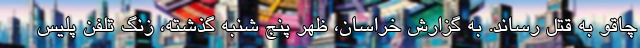
چاقو به قتل رساند. به گزارش خراسان، ظهر پنج شنبه گذشته، زنگ تلفن پلیس